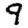
Digit: 9